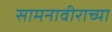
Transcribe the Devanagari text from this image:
सामनावीराच्या